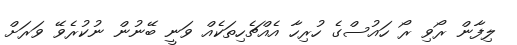
ލިފާން ރޯވި ރޯ ހައުސްގެ ހުރިހާ އެއްޗެހިތަކެއް ވަނީ ބޭނުން ނުކުރެވޭ ވަރަށް